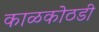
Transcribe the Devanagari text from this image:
काळकोठडी